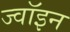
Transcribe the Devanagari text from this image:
ज्‍वॉइन